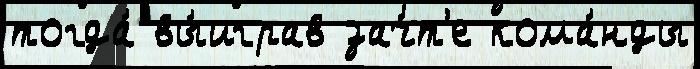
тогда́ вы́играв зач́т'е кома́нды